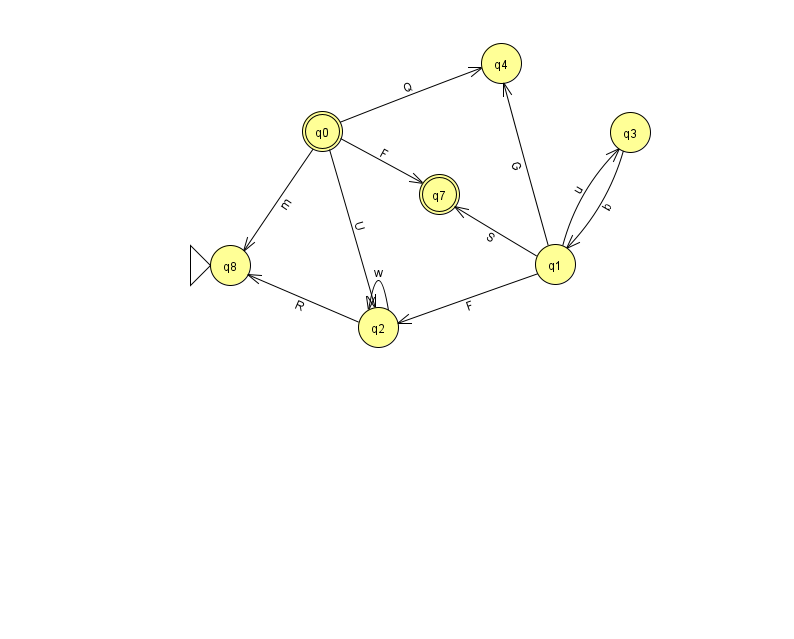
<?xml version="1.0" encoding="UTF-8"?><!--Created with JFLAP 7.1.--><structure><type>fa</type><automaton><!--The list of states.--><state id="0" name="q0"><x>322.0</x><y>118.0</y><final/></state><state id="1" name="q1"><x>555.0</x><y>251.0</y></state><state id="2" name="q2"><x>378.0</x><y>314.0</y></state><state id="3" name="q3"><x>630.0</x><y>119.0</y></state><state id="4" name="q4"><x>501.0</x><y>50.0</y></state><state id="7" name="q7"><x>439.0</x><y>181.0</y><final/></state><state id="8" name="q8"><x>230.0</x><y>252.0</y><initial/></state><!--The list of transitions.--><transition><from>1</from><to>2</to><read>F</read></transition><transition><from>1</from><to>4</to><read>G</read></transition><transition><from>1</from><to>7</to><read>S</read></transition><transition><from>1</from><to>3</to><read>u</read></transition><transition><from>0</from><to>8</to><read>m</read></transition><transition><from>3</from><to>1</to><read>b</read></transition><transition><from>2</from><to>2</to><read>w</read></transition><transition><from>2</from><to>8</to><read>R</read></transition><transition><from>0</from><to>2</to><read>U</read></transition><transition><from>0</from><to>4</to><read>Q</read></transition><transition><from>0</from><to>7</to><read>F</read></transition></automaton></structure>